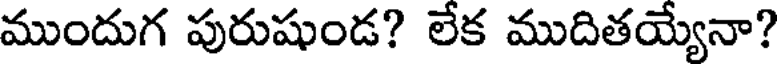
ముందుగ పురుషుండ? లేక ముదితయ్యేనా?